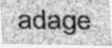
adage